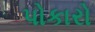
પોકારો